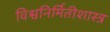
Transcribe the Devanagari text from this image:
विश्वनिर्मितीशास्त्र